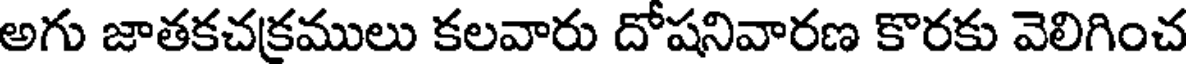
అగు జాతకచక్రములు కలవారు దోషనివారణ కొరకు వెలిగించ